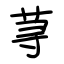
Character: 荨